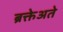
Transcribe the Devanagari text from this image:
ब्रक्तेअते